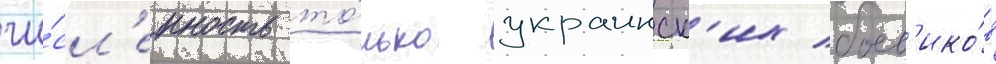
чи́сл'енность то́лько украинск'их боев'ико́в